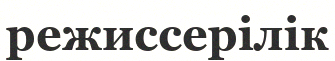
режиссерілік